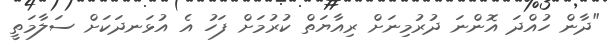
"ދާން ހުއްދަ އޮންނަ ދުރުމިނަށް ރިއާޔަތް ކުރުމަށް ފަހު އެ އުޅަނދަކަށް ސަލާމަތީ